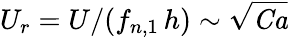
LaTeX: U_{r}=U/(f_{n,1}\, h)\sim\sqrt{\mathit{Ca}}